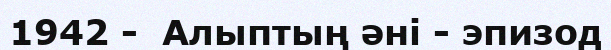
1942 -  Алыптың әні - эпизод